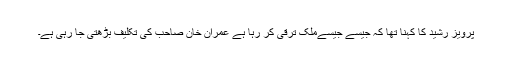
پرویز رشید کا کہنا تھا کہ جیسے جیسےملک ترقی کر رہا ہے عمران خان صاحب کی تکلیف بڑھتی جا رہی ہے۔